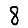
Digit: 8